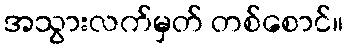
အသွားလက်မှတ် တစ်စောင်။